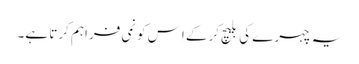
یہ چہرے کی بلیچ کرکے اِس کو نمی فراہم کرتا ہے۔